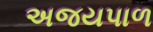
અજયપાળ